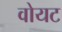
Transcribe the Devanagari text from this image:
वोयट